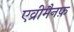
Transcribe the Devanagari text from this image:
एव्रीमैनफ़